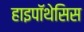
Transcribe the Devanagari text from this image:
हाइपॉथेसिस